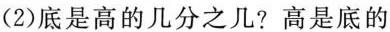
(2)底是高的几分之几?高是底的